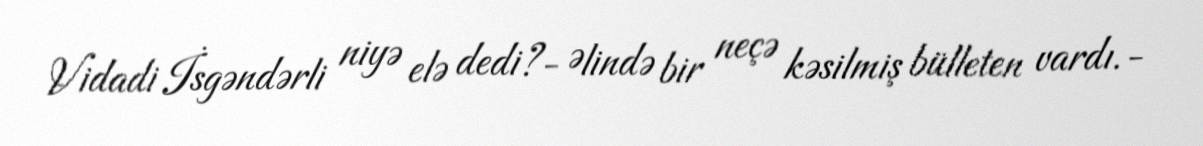
Vidadi İsgəndərli niyə elə dedi?- Əlində bir neçə kəsilmiş bülleten vardı.-